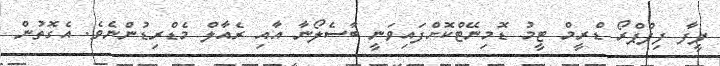
ފީފާ ފިފްޕްރޯ ޑްރީމް ޓީމު ޑޮމިނޭޓްކޮށްފައިވަނީ ބާސެލޯނާ އާއި ރެއާލް މެޑްރިޑުންނެވެ. އެގޮތުން